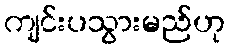
ကျင်းပသွားမည်ဟု